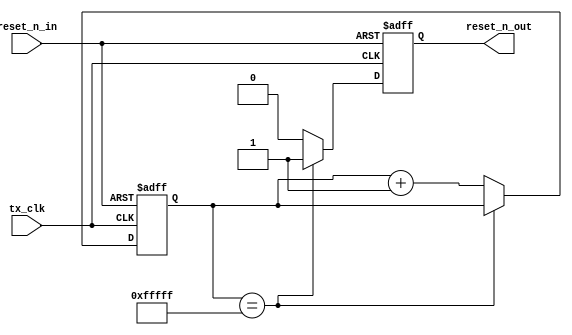
// ============================================================================
// Copyright (c) 2012 by Terasic Technologies Inc.
// ============================================================================
//
// Permission:
//
//   Terasic grants permission to use and modify this code for use
//   in synthesis for all Terasic Development Boards and Altera Development 
//   Kits made by Terasic.  Other use of this code, including the selling 
//   ,duplication, or modification of any portion is strictly prohibited.
//
// Disclaimer:
//
//   This VHDL/Verilog or C/C++ source code is intended as a design reference
//   which illustrates how these types of functions can be implemented.
//   It is the user's responsibility to verify their design for
//   consistency and functionality through the use of formal
//   verification methods.  Terasic provides no warranty regarding the use 
//   or functionality of this code.
//
// ============================================================================
//           
//  Terasic Technologies Inc
//  9F., No.176, Sec.2, Gongdao 5th Rd, East Dist, Hsinchu City, 30070. Taiwan
//
//
//
//                     web: http://www.terasic.com/
//
// ============================================================================
// Major Functions:	
//   Generate Reset Signal 
//
// ============================================================================
// Design Description:
//
// ===========================================================================
// Revision History :
// ============================================================================
//   Ver  :| Author            :| Mod. Date :| Changes Made:
//   V1.0 :| Eric Chen         :| 10/06/01  :| Initial Version
// ============================================================================

module gen_reset_n(
		tx_clk,
		reset_n_in,
		reset_n_out
	);

//=============================================================================
// PARAMETER declarations
//=============================================================================
parameter					ctr_width			=	20; // richard 16;	

//===========================================================================
// PORT declarations
//===========================================================================
input 						tx_clk;	
input						reset_n_in;
output						reset_n_out;
reg							reset_n_out;

//=============================================================================
// REG/WIRE declarations
//=============================================================================
reg		[ctr_width-1:0]		ctr;	// Reset counter

//=============================================================================
// Structural coding
//=============================================================================

always	@(posedge tx_clk or negedge reset_n_in)
begin
	if	(!reset_n_in)
	begin
		reset_n_out	<=	0;
		ctr			<=	0;
	end else begin
		if	(ctr == {ctr_width{1'b1}})
		begin
			reset_n_out	<=	1'b1; //Auto reset phy 1st time
		end else begin
			ctr	<=	ctr + 1;
			reset_n_out	<=	0;
		end
	end
end

endmodule